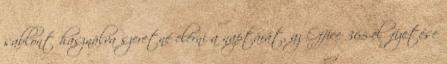
sablont használva szeretné elérni a naptárát, az Office 365-előfizetése